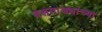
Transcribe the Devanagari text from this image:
बसगाड्यांच्या